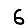
Digit: 6